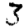
Digit: 3